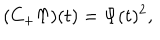
( C _ { + } \Upsilon ) ( t ) = \Psi ( t ) ^ { 2 } , ~